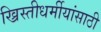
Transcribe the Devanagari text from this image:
ख्रिस्तीधर्मीयांसाठी